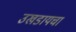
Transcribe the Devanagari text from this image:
उखडायचा